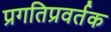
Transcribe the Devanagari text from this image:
प्रगतिप्रवर्तक